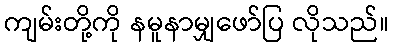
ကျမ်းတို့ကို နမူနာမျှဖော်ပြ လိုသည်။